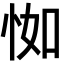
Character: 𢘾